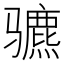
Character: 𬴍